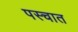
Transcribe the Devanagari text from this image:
पस्चात